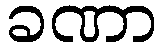
ခဏာ